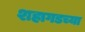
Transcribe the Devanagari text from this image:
शहागडच्या